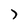
Character: 7